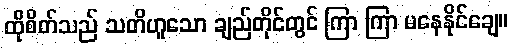
ထိုစိတ်သည် သတိဟူသော ချည်တိုင်တွင် ကြာ ကြာ မနေနိုင်ချေ။